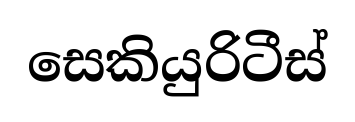
සෙකියුරිටීස්